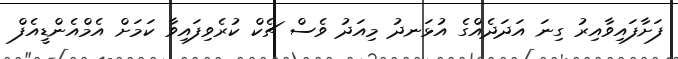
ފަށާފައިވާއިރު ގިނަ އަދަދެއްގެ އުޅަނދު މިއަދު ވެސް ޗެކް ކުރެވިފައިވާ ކަމަށް އެމްއެންޑީއެފް